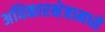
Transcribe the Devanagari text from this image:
अधिकारक्षेत्रामध्ये